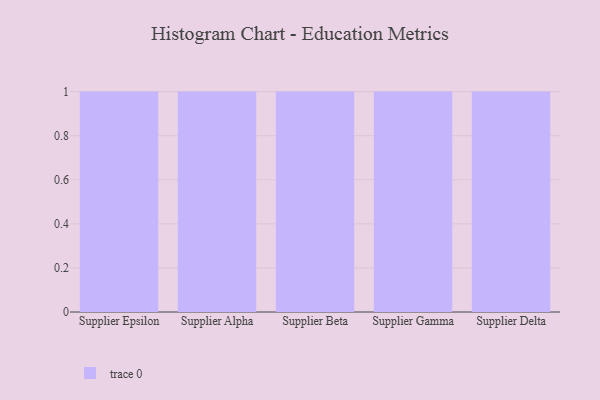
{"axis": {"x": "Supplier", "y": "Market Share (%)"}, "legend": [""], "data": [{"x": "Supplier Epsilon", "y": 86, "type": ""}, {"x": "Supplier Alpha", "y": 99, "type": ""}, {"x": "Supplier Beta", "y": 27, "type": ""}, {"x": "Supplier Gamma", "y": 70, "type": ""}, {"x": "Supplier Delta", "y": 67, "type": ""}]}